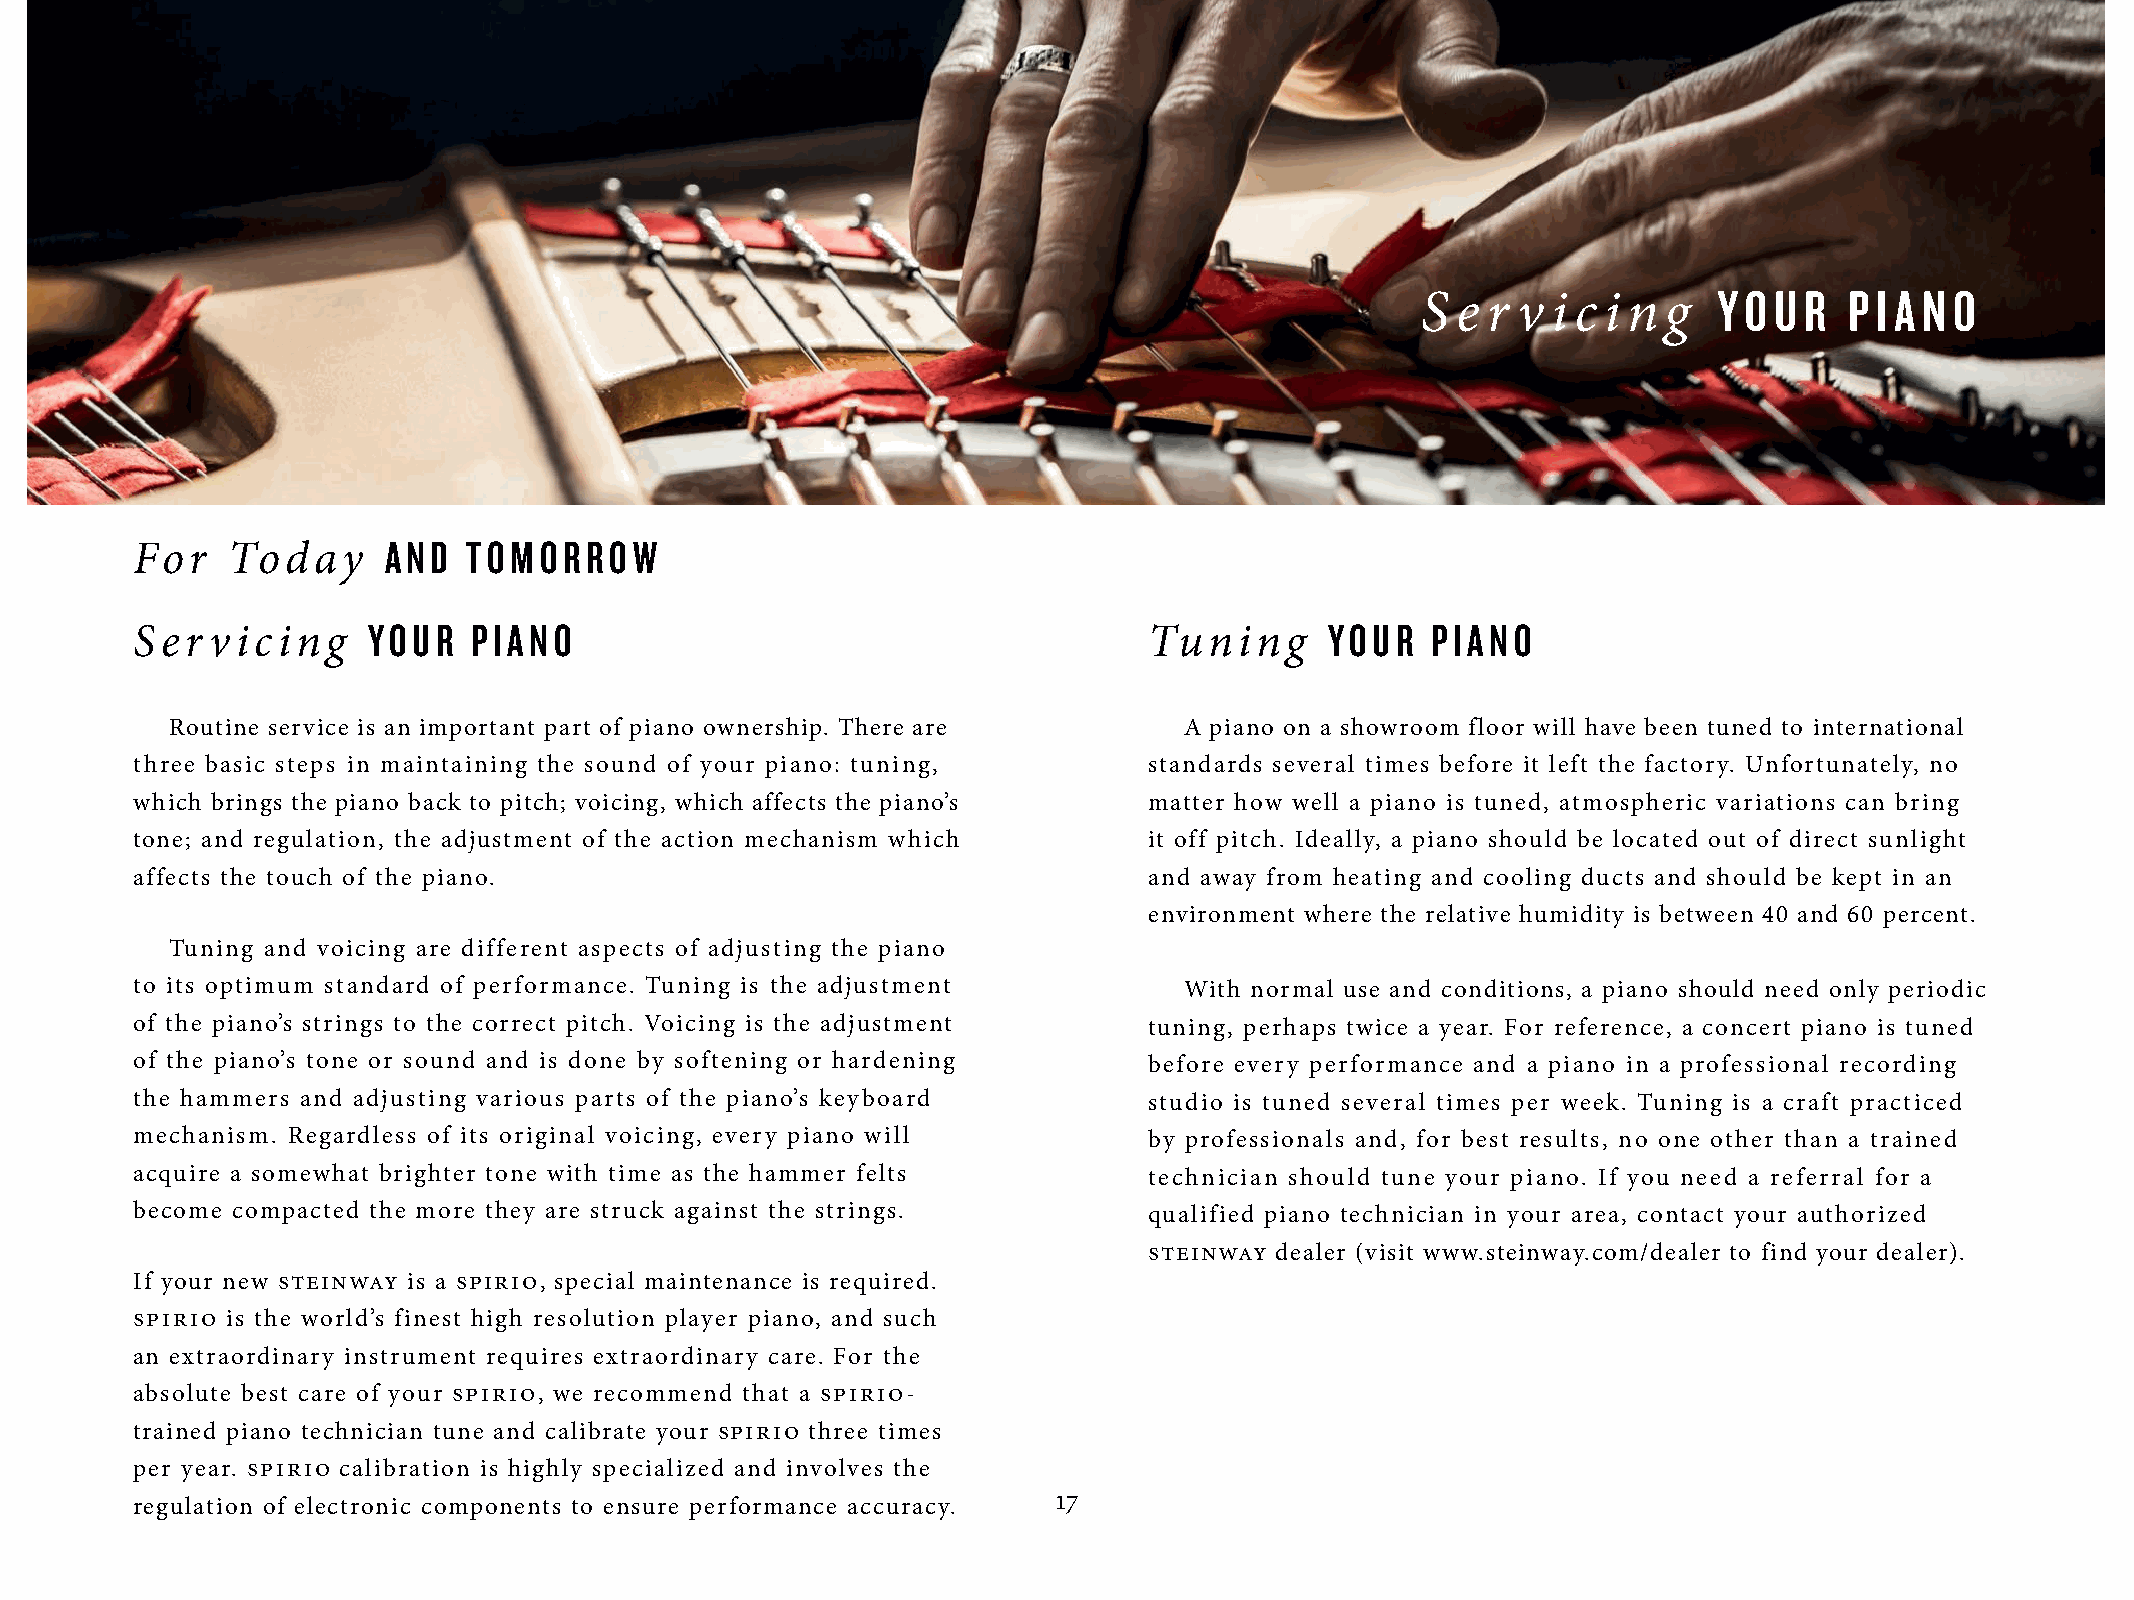
Y O U R P I A N O
 S e r v  i c i n g
 AND   TOMORROW
 For   Today
 YOUR   PIANO                                                    YOUR   PIANO
 Ser  vicing                                                        Tuning
 Routine service is an important part of piano ownership. There are A piano on a showroom floor will have been tuned to international
 three basic steps in maintaining the sound of your piano: tuning,  standards several times before it left the factory. Unfortunately, no
 which brings the piano back to pitch; voicing, which affects the piano’s matter how well a piano is tuned, atmospheric variations can bring
 tone; and regulation, the adjustment of the action mechanism which it off pitch. Ideally, a piano should be located out of direct sunlight
 affects the touch of the piano.                                    and away from heating and cooling ducts and should be kept in an
 environment where the relative humidity is between 40 and 60 percent.
 Tuning and voicing are different aspects of adjusting the piano
 to its optimum standard of performance. Tuning is the adjustment     With normal use and conditions, a piano should need only periodic
 of the piano’s strings to the correct pitch. Voicing is the adjustment tuning, perhaps twice a year. For reference, a concert piano is tuned
 of the piano’s tone or sound and is done by softening or hardening before every performance and a piano in a professional recording
 the hammers and adjusting various parts of the piano’s keyboard    studio is tuned several times per week. Tuning is a craft practiced
 mechanism. Regardless of its original voicing, every piano will    by professionals and, for best results, no one other than a trained
 acquire a somewhat brighter tone with time as the hammer felts     technician should tune your piano. If you need a referral for a
 become compacted the more they are struck against the strings.     qualified piano technician in your area, contact your authorized
 steinway dealer (visit www.steinway.com/dealer to find your dealer).
 If your new steinway is a spirio, special maintenance is required.
 spirio is the world’s finest high resolution player piano, and such
 an extraordinary instrument requires extraordinary care. For the
 absolute best care of your spirio, we recommend that a spirio-
 trained piano technician tune and calibrate your spirio three times
 per year. spirio calibration is highly specialized and involves the
 17
 regulation of electronic components to ensure performance accuracy.